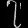
Digit: ၇